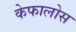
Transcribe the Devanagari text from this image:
केफालोस